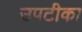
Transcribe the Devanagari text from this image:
उपटीका